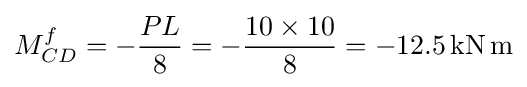
M_{CD}^{f}=-{\frac {PL}{8}}=-{\frac {10\times 10}{8}}=-12.5\mathrm {\,kN\,m}